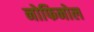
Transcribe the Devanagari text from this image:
नोफिनोल